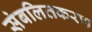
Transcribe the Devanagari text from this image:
संबलितकरण